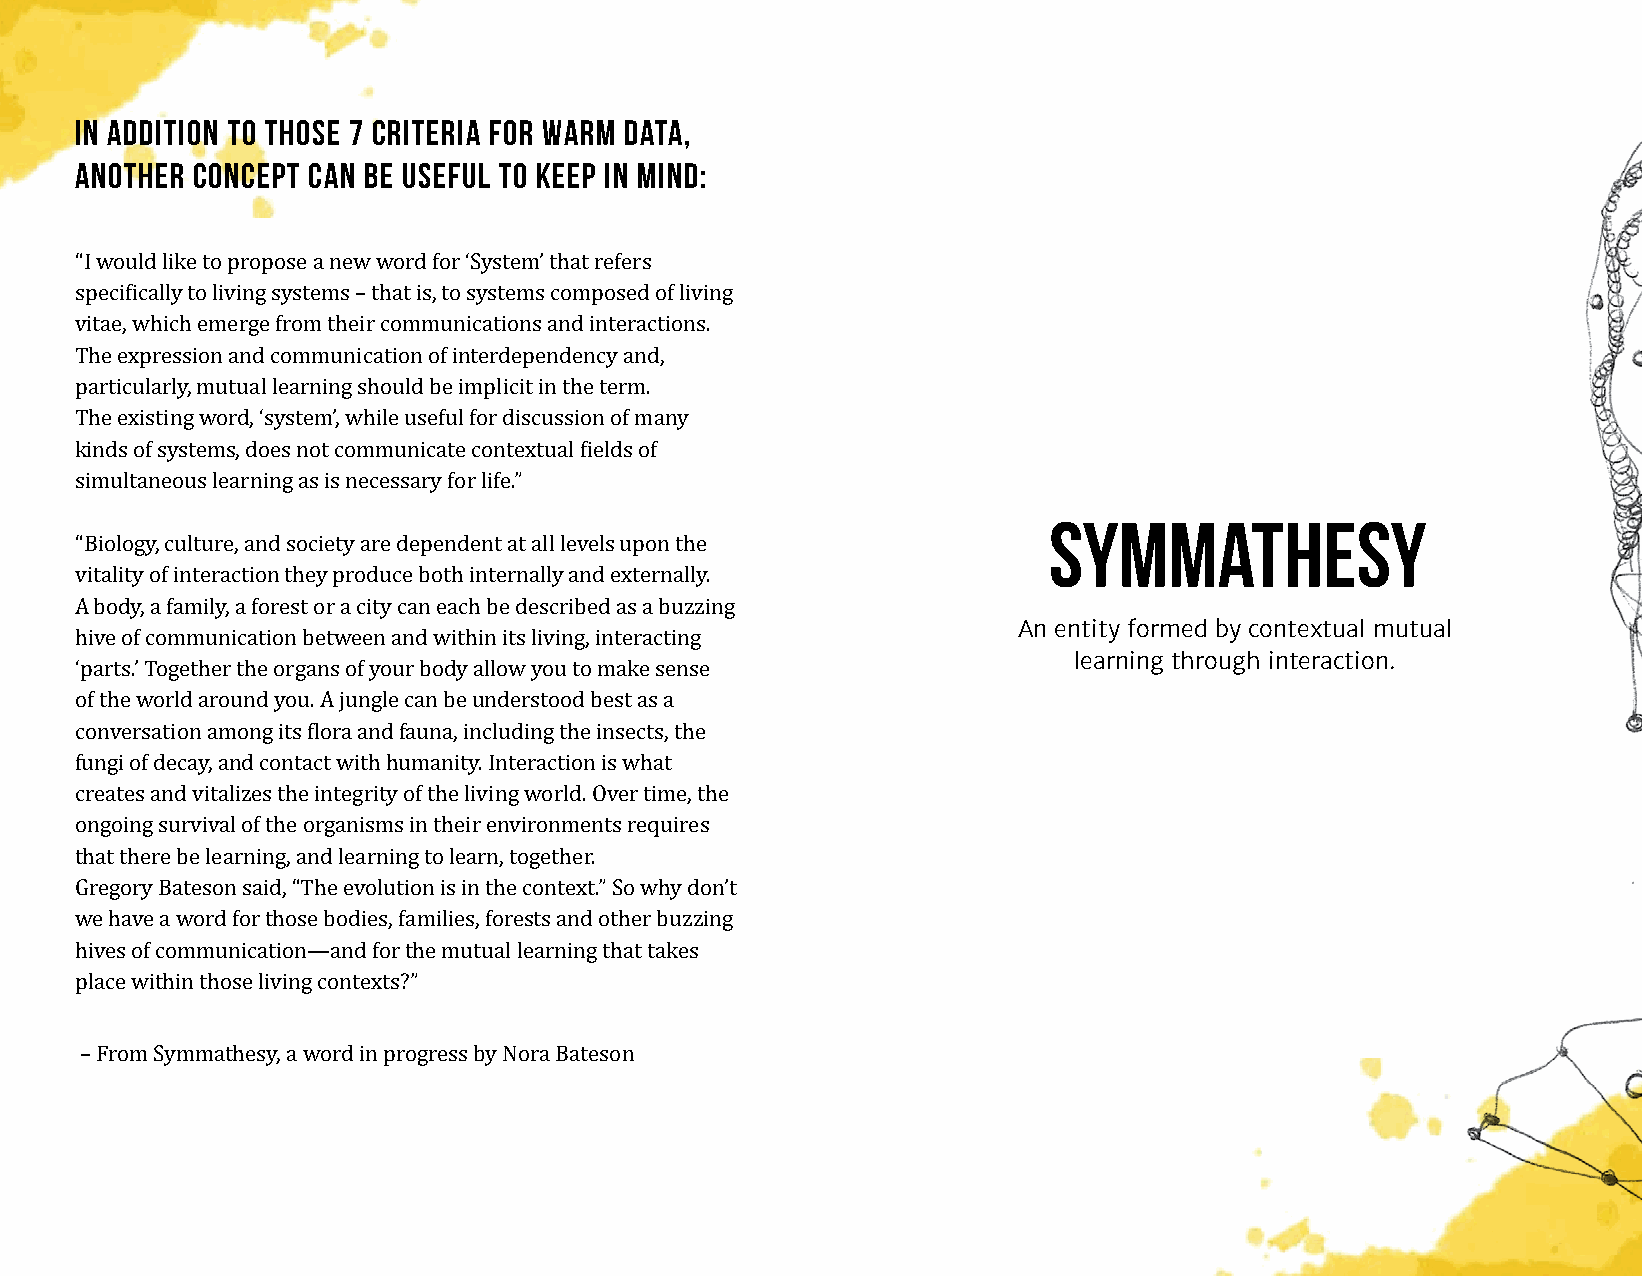
In addition to those 7 criteria for warm data,
 another concept can be useful to keep in mind:
 “I would like to propose a new word for ‘System’ that refers
 specifically to living systems – that is, to systems composed of living
 vitae, which emerge from their communications and interactions.
 The expression and communication of interdependency and,
 particularly, mutual learning should be implicit in the term.
 The existing word, ‘system’, while useful for discussion of many
 kinds of systems, does not communicate contextual fields of
 Symmathesy
 simultaneous learning as is necessary for life.”
 “Biology, culture, and society are dependent at all levels upon the
 vitality of interaction they produce both internally and externally. An entity formed by contextual mutual
 A body, a family, a forest or a city can each be described as a buzzing learning through interaction.
 hive of communication between and within its living, interacting
 ‘parts.’ Together the organs of your body allow you to make sense
 of the world around you. A jungle can be understood best as a
 conversation among its flora and fauna, including the insects, the
 fungi of decay, and contact with humanity. Interaction is what
 creates and vitalizes the integrity of the living world. Over time, the
 ongoing survival of the organisms in their environments requires
 that there be learning, and learning to learn, together.
 Gregory Bateson said, “The evolution is in the context.” So why don’t
 we have a word for those bodies, families, forests and other buzzing
 hives of communication—and for the mutual learning that takes
 place within those living contexts?”
 – From Symmathesy, a word in progress by Nora Bateson